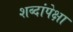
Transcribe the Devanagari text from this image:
शब्दांपेक्षा